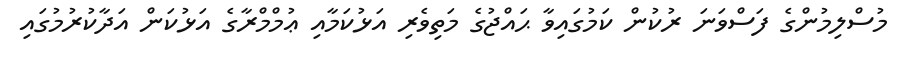
މުސްލިމުންގެ ފަސްވަނަ ރުކުން ކަމުގައިވާ ޙައްޖުގެ މަތިވެރި އަޅުކަމާއި ޢުމްމްރާގެ އަޅުކަން އަދާކުރުމުގައި